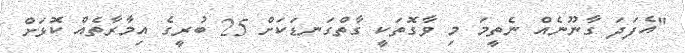
"އެފަދަ ގާނޫނެއް ނެތީމަ މި ވާގޮތަކީ ގާތްގަނޑަކަށް 25 ބުރީގެ އިމާރާތެއް ކޮޅަށް